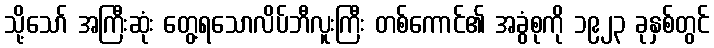
သို့သော် အကြီးဆုံး တွေ့ရသောလိပ်ဘီလူးကြီး တစ်ကောင်၏ အခွံစုကို ၁၉၂၃ ခုနှစ်တွင်